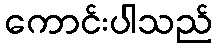
ကောင်းပါသည်